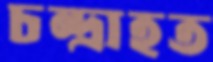
চন্দ্রাহত